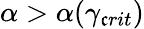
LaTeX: \alpha>\alpha(\gamma_{\mathfrak{c}rit})